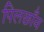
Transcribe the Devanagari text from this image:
पिलछाँव